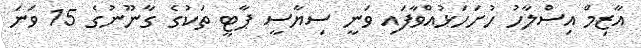
އާޒިމް އިސްލާހު ހުށަހަޅުއްވާފައި ވަނީ ސިޔާސީ ޕާޓީ ތަކުގެ ގާނޫނުގެ 15 ވަނަ